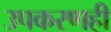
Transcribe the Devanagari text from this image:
उपकरणही